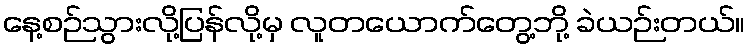
နေ့စဉ်သွားလို့ပြန်လို့မှ လူတယောက်တွေ့ဘို့ ခဲယဉ်းတယ်။